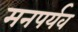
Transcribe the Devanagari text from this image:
मनपर्यव